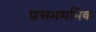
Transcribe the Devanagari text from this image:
प्रसभमभिकं